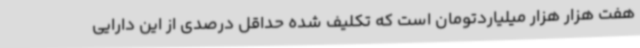
هفت هزار هزار میلیاردتومان است که تکلیف شده حداقل درصدی از این دارایی